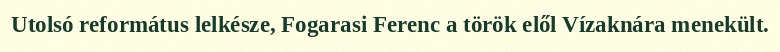
Utolsó református lelkésze, Fogarasi Ferenc a török elől Vízaknára menekült.